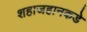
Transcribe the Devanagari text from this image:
शहाजहानकडे